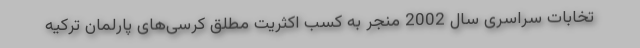
تخابات سراسری سال 2002 منجر به کسب اکثریت مطلق کرسی‌های پارلمان ترکیه